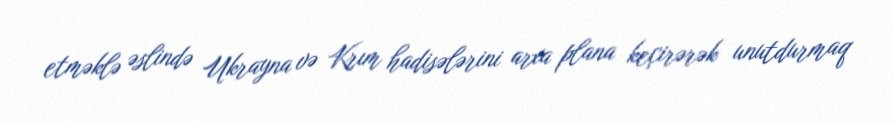
etməklə əslində Ukrayna və Krım hadisələrini arxa plana keçirərək unutdurmaq